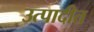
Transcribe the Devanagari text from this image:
उत्पादीत